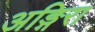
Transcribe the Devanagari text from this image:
अङ्गिरा